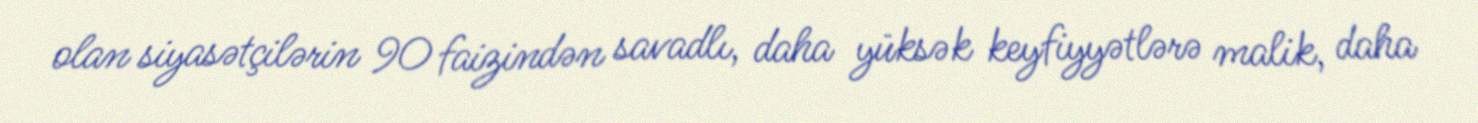
olan siyasətçilərin 90 faizindən savadlı, daha yüksək keyfiyyətlərə malik, daha